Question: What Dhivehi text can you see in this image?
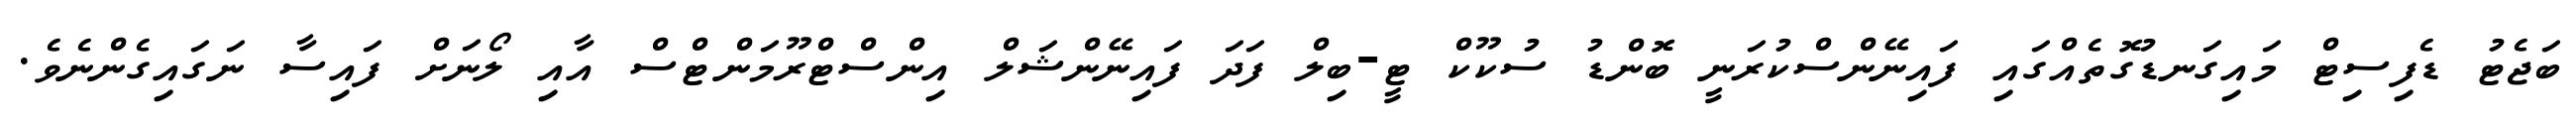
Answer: ބަޖެޓު ޑެފިސިޓް މައިގަނޑުގޮތެއްގައި ފައިނޭންސްކުރަނީ ބޮންޑު ސުކޫކް ޓީ-ބިލް ފަދަ ފައިނޭންޝަލް އިންސްޓްރޫމަންޓްސް އާއި ލޯނަށް ފައިސާ ނަގައިގެންނެވެ.